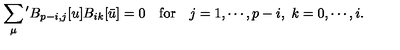
\sum _ { \mu } { } ^ { \prime } B _ { p - i , j } [ u ] B _ { i k } [ \bar { u } ] = 0 \quad \mathrm { f o r } \quad j = 1 , \cdots , p - i , \ k = 0 , \cdots , i .